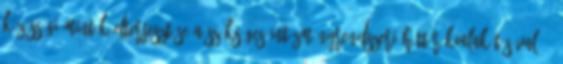
közösségi minták elterjesztése a szükséges intézményrendszeri háttér kialakításával; -